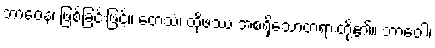
ဘာဝေန၊ ဖြစ်ခြင်းဖြင့်။ တေသံ၊ ထိုဖဿ အစရှိသောတရားတို့၏။ ဘာဝေါ၊